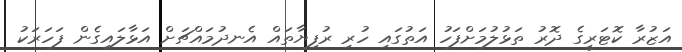
އަޒުރާ ކޮޓަރީގެ ދޮރު ތަޅުލުމަށްފަހު އަތުގައި ހުރި ރުފިޔާތައް އެނދުމައްޗަށް އަޅާލައިގެން ފަހަރަކު